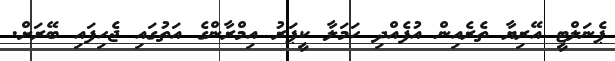
ޕެނަލްޓީ އޭރިޔާ ތެރެއިން އުފެއްދި ހަމަލާ ކީޕަރު އިމްރާންގެ އަތުގައި ޖެހިފައި ބޭރަށް.